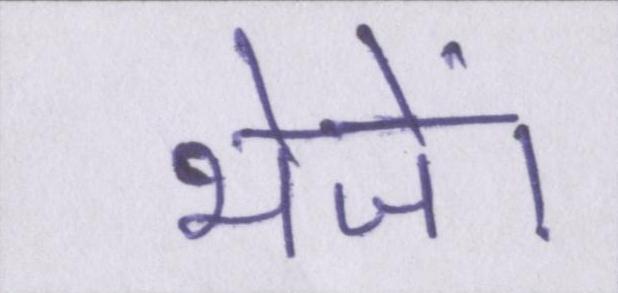
भेजें।